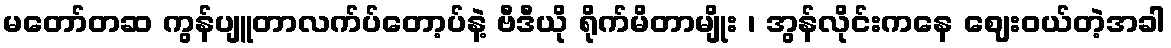
မတော်တဆ ကွန်ပျူတာလက်ပ်တော့ပ်နဲ့ ဗီဒီယို ရိုက်မိတာမျိုး ၊ အွန်လိုင်းကနေ ဈေးဝယ်တဲ့အခါ